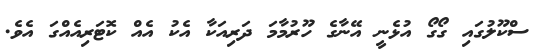
ސްކޫލުގައި ގޯގޯ އުޅެނީ އޭނާގެ ހޫރުމާމަ ދަރިއަކާ އެކު އެއް ކޮޓަރިއެއްގަ އެވެ.